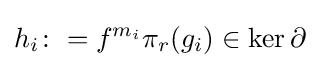
h_{i}\colon =f^{m_{i}}\pi _{r}(g_{i})\in \ker \partial